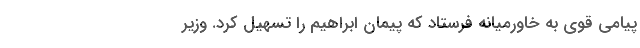
پیامی قوی به خاورمیانه فرستاد که پیمان ابراهیم را تسهیل کرد. وزیر